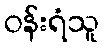
ဝန်းရံသူ